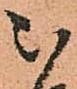
被